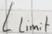
Text: Llimit